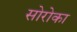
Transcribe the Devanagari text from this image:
सोरोका